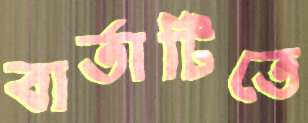
বার্তাটিতে